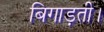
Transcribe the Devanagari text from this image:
बिगाड़ती।